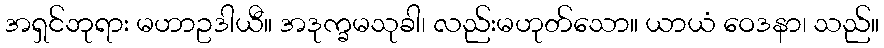
အရှင်ဘုရား မဟာဥဒါယီ။ အဒုက္ခမသုခါ၊ လည်းမဟုတ်သော။ ယာယံ ဝေဒနာ၊ သည်။